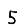
Digit: 5